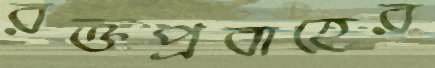
রক্তপ্রবাহের